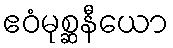
ဧဝံမုစ္ဆနီယော